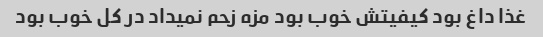
غذا داغ بود کیفیتش خوب بود مزه زحم نمیداد در کل خوب بود